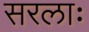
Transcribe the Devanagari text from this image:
सरलाः